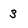
Character: 3